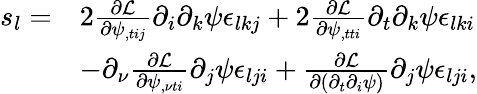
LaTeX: \begin{array}{rl}{s_{l}=}&{2\frac{\partial\mathcal L}{\partial\psi_{,tij}}\partial_{i}\partial_{k}\psi\epsilon_{lkj}+2\frac{\partial\mathcal L}{\partial\psi_{,tti}}\partial_{t}\partial_{k}\psi\epsilon_{lki}}\\ &{-\partial_{\nu}\frac{\partial\mathcal L}{\partial\psi_{,\nu ti}}\partial_{j}\psi\epsilon_{lji}+\frac{\partial\mathcal{L}}{\partial(\partial_{t}\partial_{i}\psi)}\partial_{j}\psi\epsilon_{lji},}\end{array}